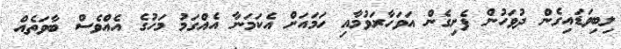
ލިބިވަޑައިގެން ދުވަހުން ފެށިގެން އަވަހާރަވުމާއި ހަމައަށް އެކަމަނާ އެއްގަމު މަހުގެ އެއްވެސް ބާވަތެއް